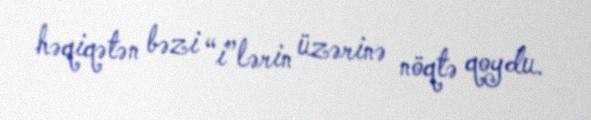
həqiqətən bəzi “i”lərin üzərinə nöqtə qoydu.